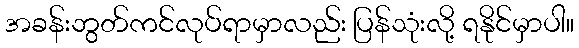
အခန်းဘွတ်ကင်လုပ်ရာမှာလည်း ပြန်သုံးလို့ ရနိုင်မှာပါ။